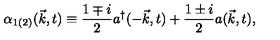
{ \alpha } _ { 1 ( 2 ) } ( { \vec { k } } , t ) \equiv \frac { 1 \mp i } { 2 } a ^ { \dagger } ( - { \vec { k } } , t ) + \frac { 1 \pm i } { 2 } a ( { \vec { k } } , t ) ,